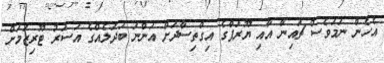
އެހެން ނަމަވެސް ޗައިނާ އާއި ޔޫރަޕްގެ އިގްތިސާދަށް އަންނަ ބަދަލެއްގެ އަސަރު ޓޫރިޒަމަށް